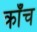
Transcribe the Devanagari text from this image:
क्राँच